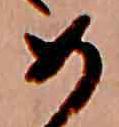
め